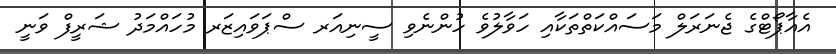
އެއާޕޯޓްގެ ޖެނަރަލް މަސައްކަތްތަކާއި ހަވާލުވެ ހުންނެވި ސީނިއަރ ސްޕަވައިޒަރ މުހައްމަދު ޝަރީފް ވަނީ